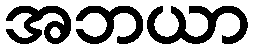
အဘယာ